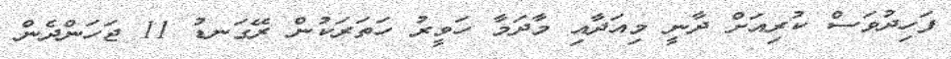
ފަހިދުވަސް ކުރިއަށް ދާނީ މިއަދާއި މާދަމާ ހަވީރު ހަތަރަކުން ރޭގަނޑު 11 ޖަހަންދެން